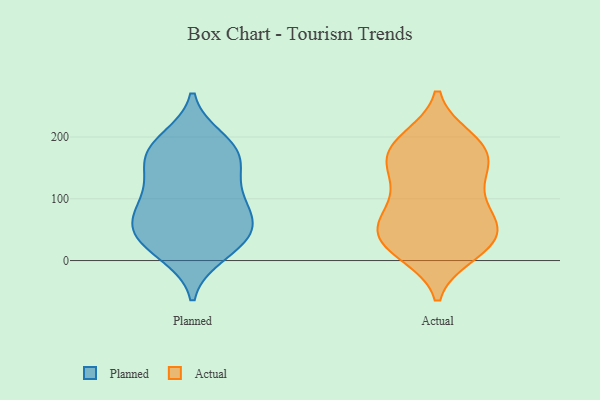
{"axis": {"x": "Gross Profit (USD K)", "y": "Value"}, "legend": ["Actual", "Planned"], "data": [{"x": "", "y": 15, "type": "Planned"}, {"x": "", "y": 163, "type": "Planned"}, {"x": "", "y": 172, "type": "Planned"}, {"x": "", "y": 46, "type": "Planned"}, {"x": "", "y": 102, "type": "Planned"}, {"x": "", "y": 75, "type": "Planned"}, {"x": "", "y": 196, "type": "Planned"}, {"x": "", "y": 103, "type": "Planned"}, {"x": "", "y": 186, "type": "Planned"}, {"x": "", "y": 182, "type": "Planned"}, {"x": "", "y": 44, "type": "Planned"}, {"x": "", "y": 45, "type": "Planned"}, {"x": "", "y": 134, "type": "Planned"}, {"x": "", "y": 67, "type": "Planned"}, {"x": "", "y": 146, "type": "Planned"}, {"x": "", "y": 82, "type": "Planned"}, {"x": "", "y": 10, "type": "Planned"}, {"x": "", "y": 35, "type": "Planned"}, {"x": "", "y": 195, "type": "Actual"}, {"x": "", "y": 56, "type": "Actual"}, {"x": "", "y": 197, "type": "Actual"}, {"x": "", "y": 39, "type": "Actual"}, {"x": "", "y": 160, "type": "Actual"}, {"x": "", "y": 147, "type": "Actual"}, {"x": "", "y": 78, "type": "Actual"}, {"x": "", "y": 164, "type": "Actual"}, {"x": "", "y": 22, "type": "Actual"}, {"x": "", "y": 74, "type": "Actual"}, {"x": "", "y": 118, "type": "Actual"}, {"x": "", "y": 12, "type": "Actual"}, {"x": "", "y": 144, "type": "Actual"}, {"x": "", "y": 96, "type": "Actual"}, {"x": "", "y": 16, "type": "Actual"}, {"x": "", "y": 59, "type": "Actual"}, {"x": "", "y": 39, "type": "Actual"}, {"x": "", "y": 185, "type": "Actual"}, {"x": "", "y": 182, "type": "Actual"}, {"x": "", "y": 33, "type": "Actual"}]}